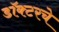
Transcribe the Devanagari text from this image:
डॉक्टरचे